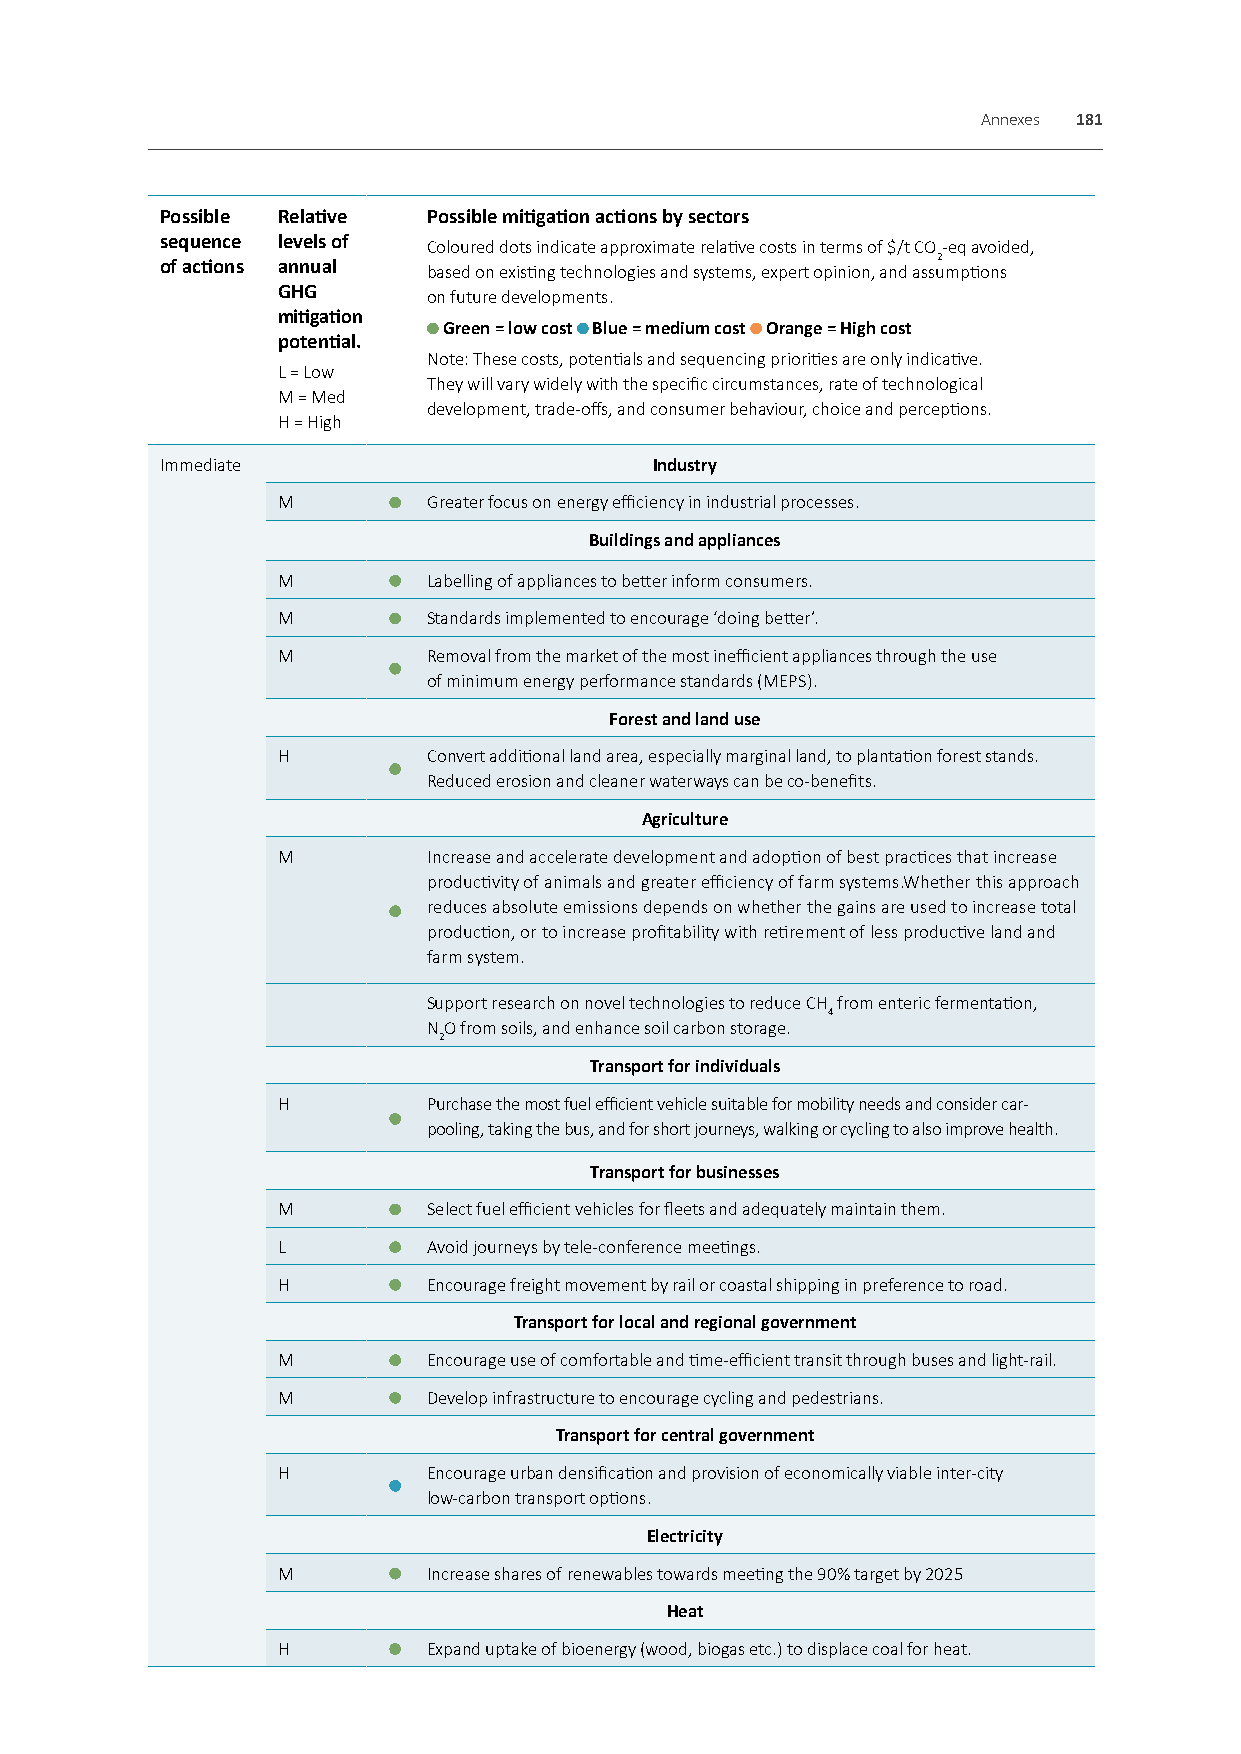
Annexes 181
 Possible Relative Possible mitigation actions by sectors
 sequence levels of Coloured dots indicate approximate relative costs in terms of $/t CO-eq avoided,
 2
 of actions annual based on existing technologies and systems, expert opinion, and assumptions
 GHG       on future developments.
 mitigation
 Green = low cost Blue = medium cost Orange = High cost
 potential.
 Note: These costs, potentials and sequencing priorities are only indicative.
 L = Low
 They will vary widely with the specific circumstances, rate of technological
 M = Med
 development, trade-offs, and consumer behaviour, choice and perceptions.
 H = High
 Immediate                       Industry
 M         Greater focus on energy efficiency in industrial processes.
 Buildings and appliances
 M         Labelling of appliances to better inform consumers.
 M         Standards implemented to encourage ‘doing better’.
 M         Removal from the market of the most inefficient appliances through the use
 of minimum energy performance standards (MEPS).
 Forest and land use
 H         Convert additional land area, especially marginal land, to plantation forest stands.
 Reduced erosion and cleaner waterways can be co-benefits.
 Agriculture
 M         Increase and accelerate development and adoption of best practices that increase
 productivity of animals and greater efficiency of farm systems.Whether this approach
 reduces absolute emissions depends on whether the gains are used to increase total
 production, or to increase profitability with retirement of less productive land and
 farm system.
 Support research on novel technologies to reduce CH from enteric fermentation,
 4
 NO from soils, and enhance soil carbon storage.
 2
 Transport for individuals
 H         Purchase the most fuel efficient vehicle suitable for mobility needs and consider car-
 pooling, taking the bus, and for short journeys, walking or cycling to also improve health.
 Transport for businesses
 M         Select fuel efficient vehicles for fleets and adequately maintain them.
 L         Avoid journeys by tele-conference meetings.
 H         Encourage freight movement by rail or coastal shipping in preference to road.
 Transport for local and regional government
 M         Encourage use of comfortable and time-efficient transit through buses and light-rail.
 M         Develop infrastructure to encourage cycling and pedestrians.
 Transport for central government
 H         Encourage urban densification and provision of economically viable inter-city
 low-carbon transport options.
 Electricity
 M         Increase shares of renewables towards meeting the 90% target by 2025
 Heat
 H         Expand uptake of bioenergy (wood, biogas etc.) to displace coal for heat.